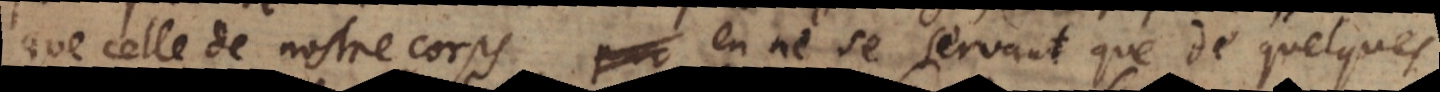
que celle de nostre corps, en ne se servant que de quelques